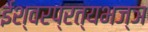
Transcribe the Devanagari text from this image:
ईश्वरप्रत्यभज्ञ